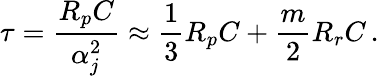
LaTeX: \tau=\frac{R_{p}C}{\alpha_{j}^{2}}\approx\frac{1}{3}R_{p}C+\frac{m}{2}R_{r}C\, .